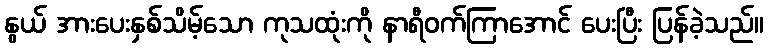
နွယ် အားပေးနှစ်သိမ့်သော ကုသထုံးကို နာရီဝက်ကြာအောင် ပေးပြီး ပြန်ခဲ့သည်။